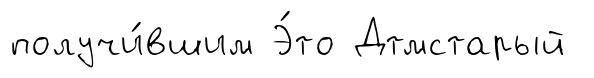
получи́вшим Э́то Дтмстарый